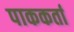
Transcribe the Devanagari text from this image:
पाककर्ता